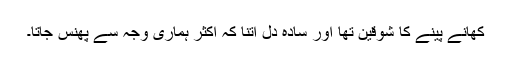
کھانے پینے کا شوقین تھا اور سادہ دل اتنا کہ اکثر ہماری وجہ سے پھنس جاتا۔